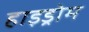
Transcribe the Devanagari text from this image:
हाइड्रोम